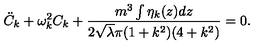
{ \ddot { C } } _ { k } + \omega _ { k } ^ { 2 } C _ { k } + \frac { m ^ { 3 } \int \eta _ { k } ( z ) d z } { 2 { \sqrt \lambda } \pi ( 1 + k ^ { 2 } ) ( 4 + k ^ { 2 } ) } = 0 .